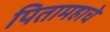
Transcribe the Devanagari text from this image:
पितामहाचे